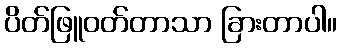
ပိတ်ဖြူဝတ်တာသာ ခြားတာပါ။